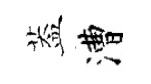
葢漕